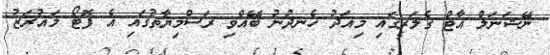
ނޭޝަނަލް އާޓް ގެލަރީގައި މިއަދު ހެނދުނު ބޭއްވި ރަސްމިޔާތުގައި އެ ފޮޓޯ މައުރަޒު